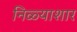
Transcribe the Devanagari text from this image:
निळ्याशार